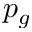
p _ { g }